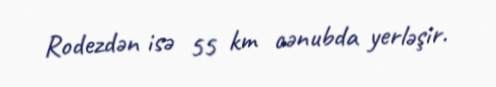
Rodezdən isə 55 km cənubda yerləşir.